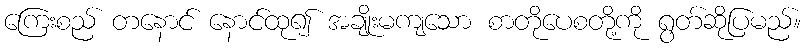
ကြေးစည် တနောင် နောင်ထု၍ အချိုးမကျသော စာတိုပေစတို့ကို ရွတ်ဆိုပြမည်။